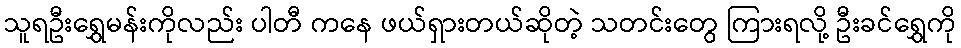
သူရဦးရွှေမန်းကိုလည်း ပါတီ ကနေ ဖယ်ရှားတယ်ဆိုတဲ့ သတင်းတွေ ကြားရလို့ ဦးခင်ရွှေကို